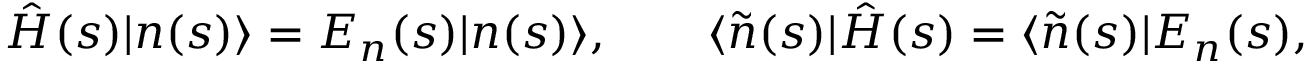
\hat { H } ( s ) | n ( s ) \rangle = E _ { n } ( s ) | n ( s ) \rangle , \qquad \langle \widetilde { n } ( s ) | \hat { H } ( s ) = \langle \widetilde { n } ( s ) | E _ { n } ( s ) ,